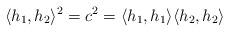
LaTeX: \begin{align*}\langle h_{1},h_{2}\rangle^2 = c^2= \langle h_{1},h_{1}\rangle\langle h_{2},h_{2}\rangle\end{align*}